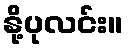
နို့ပုလင်း။